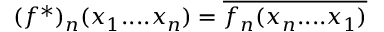
( f ^ { * } ) _ { n } ( x _ { 1 } . . . . x _ { n } ) = \overline { { { f _ { n } ( x _ { n } . . . . x _ { 1 } ) } } }